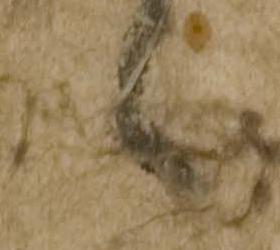
々